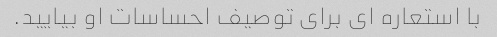
با استعاره ای برای توصیف احساسات او بیایید.